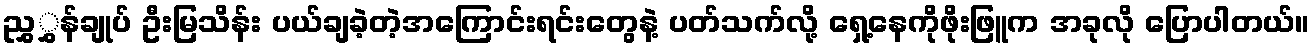
ညွှွှန်ချုပ် ဦးမြသိန်း ပယ်ချခဲ့တဲ့အကြောင်းရင်းတွေနဲ့ ပတ်သက်လို့ ရှေ့နေကိုဖိုးဖြူက အခုလို ပြောပါတယ်။